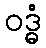
ဝဒ္ဓံ